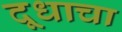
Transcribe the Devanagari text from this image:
दूधाचा